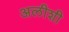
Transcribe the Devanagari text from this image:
अलीशी